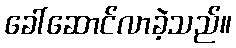
ခေါ်ဆောင်လာခဲ့သည်။